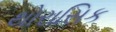
થોરાસિક